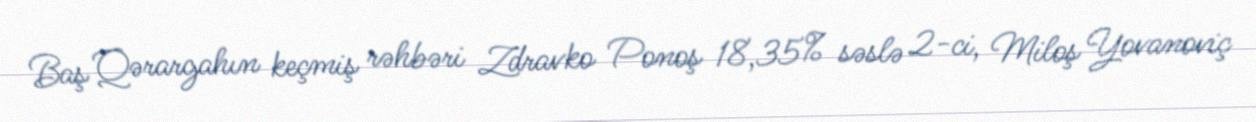
Baş Qərargahın keçmiş rəhbəri Zdravko Ponoş 18,35% səslə 2-ci, Miloş Yovanoviç